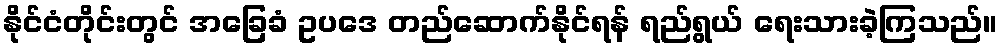
နိုင်ငံတိုင်းတွင် အခြေခံ ဥပဒေ တည်ဆောက်နိုင်ရန် ရည်ရွယ် ရေးသားခဲ့ကြသည်။